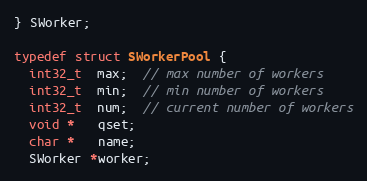
Language: C
} SWorker;

typedef struct SWorkerPool {
  int32_t  max;  // max number of workers
  int32_t  min;  // min number of workers
  int32_t  num;  // current number of workers
  void *   qset;
  char *   name;
  SWorker *worker;